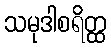
သမုဒါစရိတ္ထ